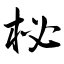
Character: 柲